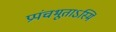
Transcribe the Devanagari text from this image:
प्रपंचभूताऽस्मि